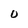
Character: 0